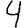
Digit: 4